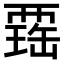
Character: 𧟾